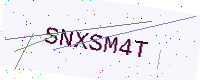
Text: SNXSM4T